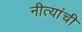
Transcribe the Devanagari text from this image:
नीत्यांची